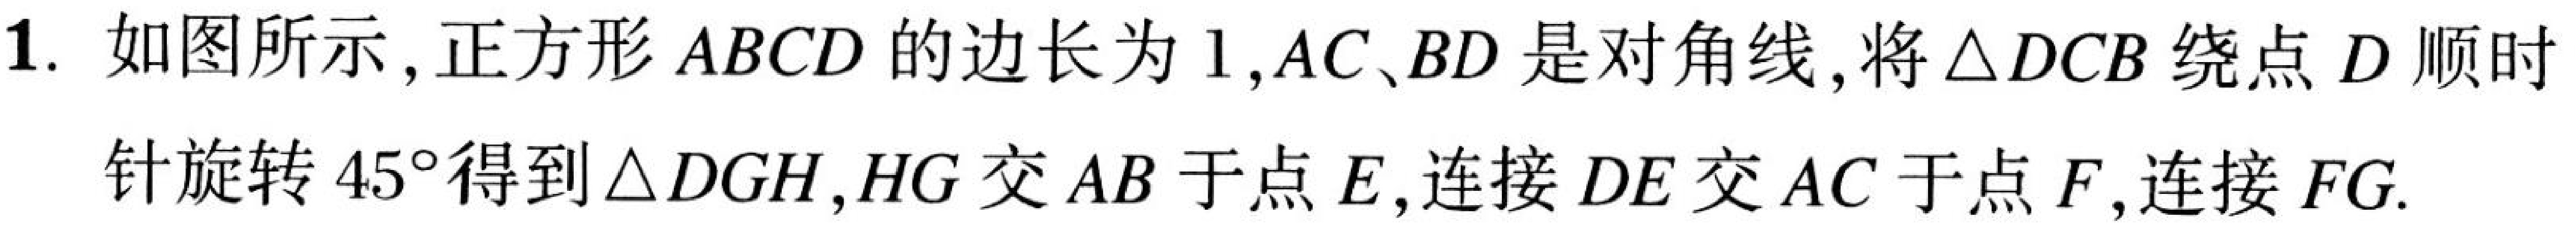
1. 如图所示，正方形 \(ABCD\) 的边长为 \(1\)，\(AC\)、\(BD\) 是对角线，将 \(\triangle DCB\) 绕点 \(D\) 顺时针旋转 \(45^{\circ}\) 得到 \(\triangle DGH\)，\(HG\) 交 \(AB\) 于点 \(E\)，连接 \(DE\) 交 \(AC\) 于点 \(F\)，连接 \(FG\).